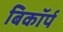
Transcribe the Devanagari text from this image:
बिकॉर्प